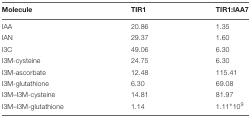
<table><thead><tr><td><b>Molecule</b></td><td><b>TIR1</b></td><td><b>TIR1:IAA7</b></td></tr></thead><tbody><tr><td>IAA</td><td>20.86</td><td>1.35</td></tr><tr><td>IAN</td><td>29.37</td><td>1.60</td></tr><tr><td>I3C</td><td>49.06</td><td>6.30</td></tr><tr><td>I3M-cysteine</td><td>24.75</td><td>6.30</td></tr><tr><td>I3M-ascorbate</td><td>12.48</td><td>115.41</td></tr><tr><td>I3M-glutathione</td><td>6.30</td><td>69.08</td></tr><tr><td>I3M–I3M-cysteine</td><td>14.81</td><td>81.97</td></tr><tr><td>I3M–I3M-glutathione</td><td>1.14</td><td>1.11<sup>∗</sup>10<sup>9</sup></td></tr></tbody></table>